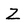
Character: Z